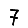
Digit: 7